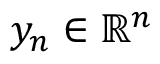
y _ { n } \in \mathbb { R } ^ { n }